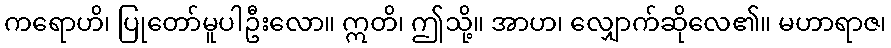
ကရောဟိ၊ ပြုတော်မူပါဦးလော။ ဣတိ၊ ဤသို့။ အာဟ၊ လျှောက်ဆိုလေ၏။ မဟာရာဇ၊